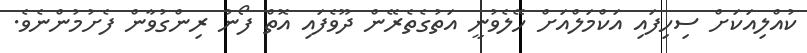
ކުއްލިއަކަށް ސިހިފައި އަކްމަލްއަށް ހޭލެވުނީ އަތުގެތެރޭން ދޫވެފައި އޮތް ފޯނު ރިންގުވާން ފެށުމުންނެވެ.